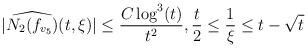
LaTeX: \begin{align*} |\widehat{N_{2}(f_{v_{5}})}(t,\xi)| &\leq \frac{C\log^{3}(t)}{t^{2}}, \frac{t}{2} \leq \frac{1}{\xi} \leq t-\sqrt{t}\end{align*}